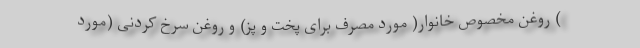
) روغن مخصوص خانوار( مورد مصرف برای پخت و پز) و روغن سرخ کردنی (مورد